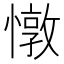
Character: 憞